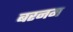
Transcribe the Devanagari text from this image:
बरनम